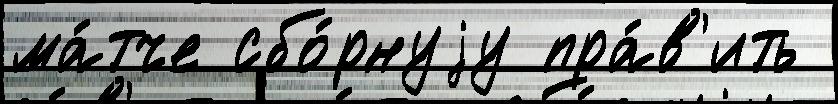
ма́тче сбо́рнуjу пра́в'ить